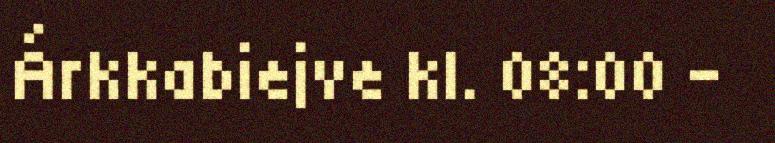
Árkkabiejve kl. 08:00 -